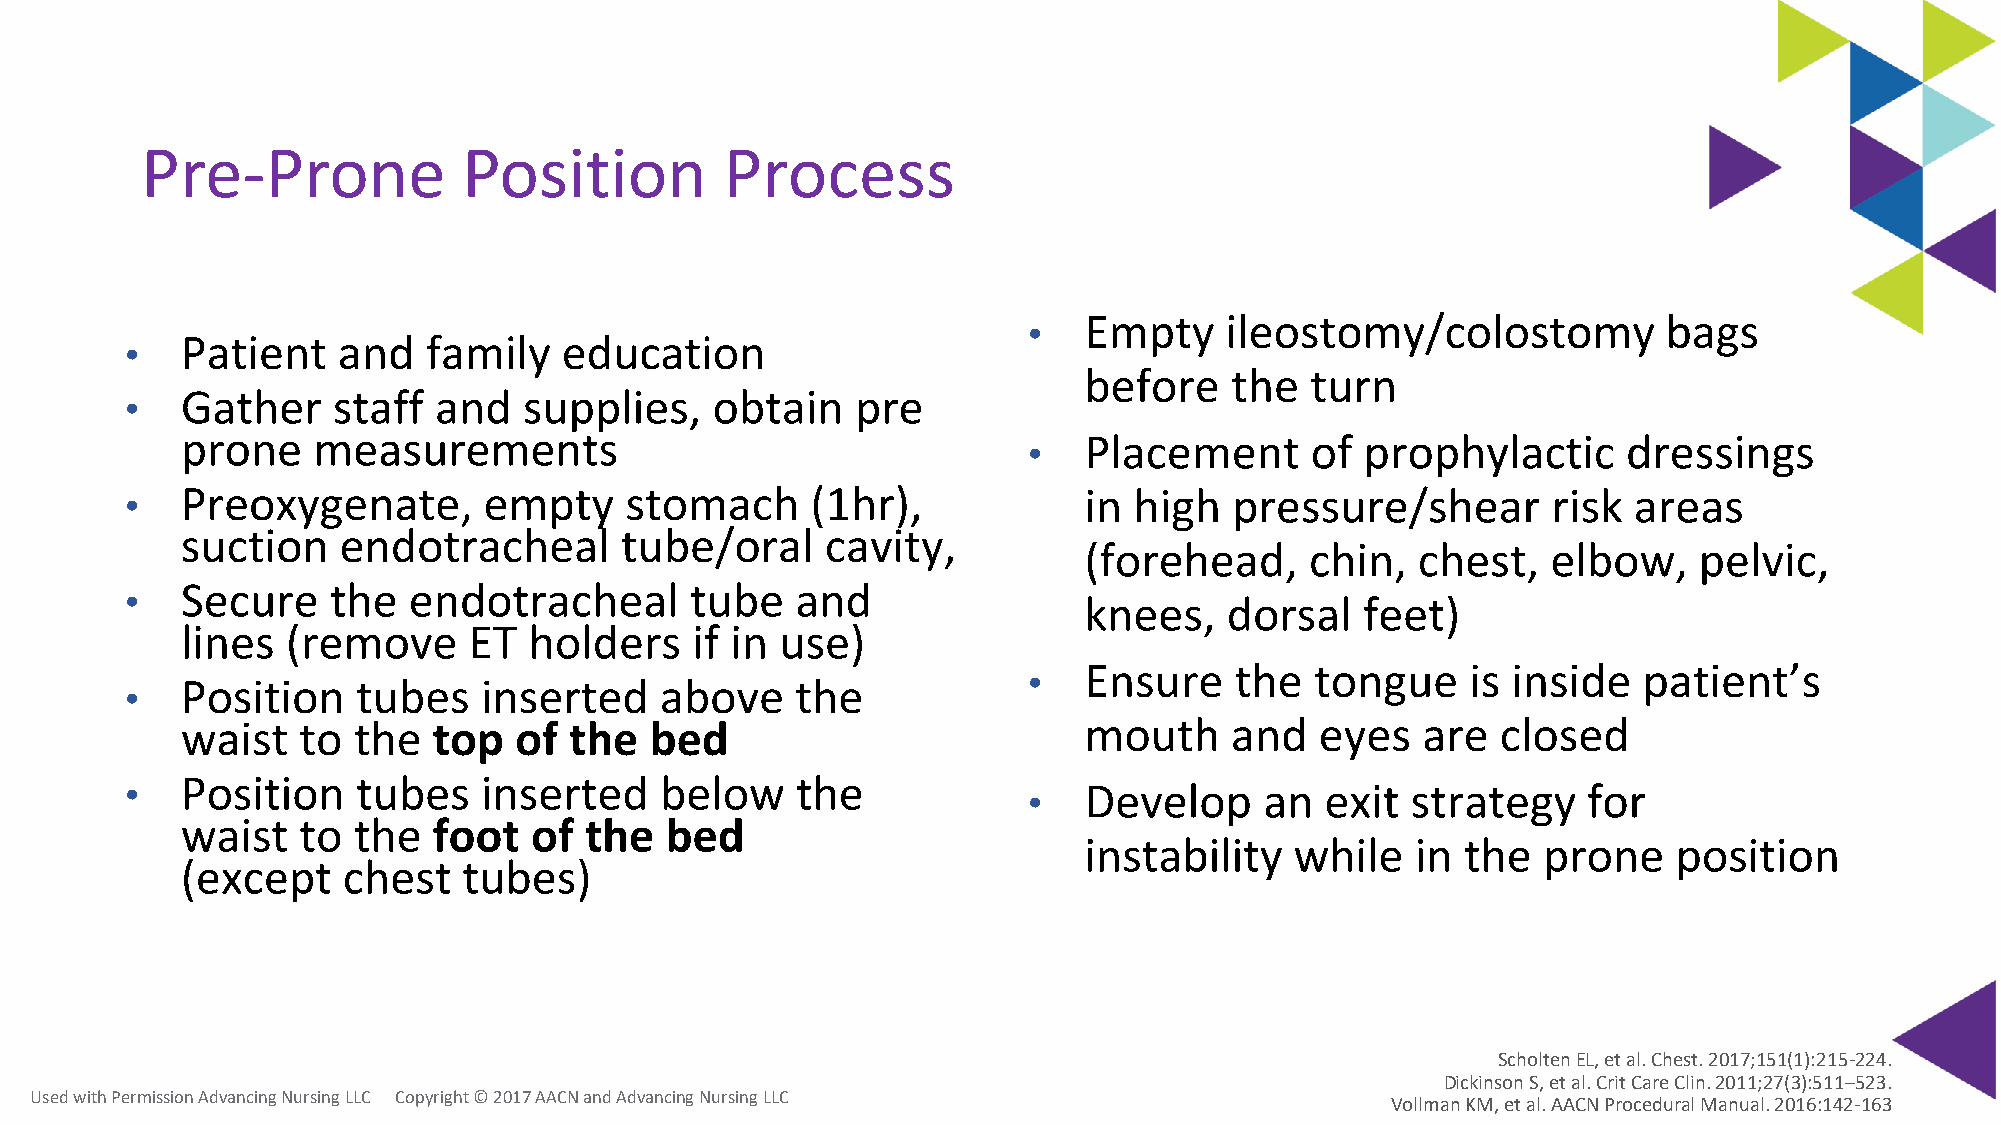
Pre-Prone             Position         Process
 •   Empty    ileostomy/colostomy          bags
 •   Patient   and   family   education
 before   the   turn
 •   Gather    staff  and   supplies,   obtain    pre
 prone    measurements                                   •   Placement      of prophylactic      dressings
 •   Preoxygenate,       empty    stomach      (1hr),            in high   pressure/shear       risk areas
 suction   endotracheal       tube/oral     cavity,
 (forehead,     chin,  chest,   elbow,   pelvic,
 •   Secure    the  endotracheal       tube   and
 knees,   dorsal   feet)
 lines  (remove     ET  holders    if in use)
 •   Ensure    the  tongue    is inside   patient’s
 •   Position    tubes   inserted    above    the
 waist   to the   top  of  the  bed                          mouth    and   eyes   are  closed
 •   Position    tubes   inserted    below    the            •   Develop     an  exit strategy    for
 waist   to the   foot  of  the  bed
 instability   while   in the  prone    position
 (except    chest   tubes)
 ScholtenEL, et al. Chest. 2017;151(1):215-224.
 Dickinson S, et al. CritCare Clin. 2011;27(3):511–523.
 Used with Permission Advancing Nursing LLC Copyright © 2017 AACN and Advancing Nursing LLC
 Vollman KM, et al. AACN Procedural Manual. 2016:142-163